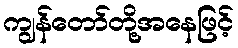
ကျွန်တော်တို့အနေဖြင့်